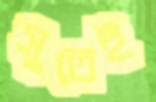
সুতেই